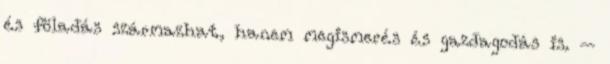
és föladás származhat, hanem megismerés és gazdagodás is. –